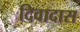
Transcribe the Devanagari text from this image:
दिवादास